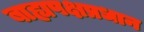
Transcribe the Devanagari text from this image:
बाह्यपक्षप्रधान